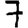
Digit: 7